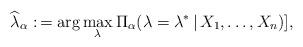
LaTeX: \begin{align*}\widehat{\lambda}_{\alpha}:\, = \arg\max_\lambda \Pi_\alpha(\lambda = \lambda^\ast \, |\, X_1,\ldots,X_n) ],\end{align*}